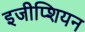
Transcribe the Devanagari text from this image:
इजीप्शियन